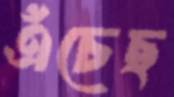
এঁচেছ